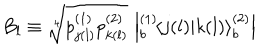
LaTeX: B _ { l } \equiv \sqrt [ [object Object] ] ] { p _ { j ( l ) } ^ { ( 1 ) } p _ { k ( l ) } ^ { ( 2 ) } } \, \left| { } _ { b } ^ { ( 1 ) } \! \left\langle { j ( l ) } | { k ( l ) } \right\rangle _ { b } ^ { ( 2 ) } \right|